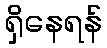
ရှိနေရန်